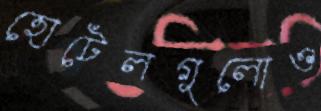
হোটেলগুলোও